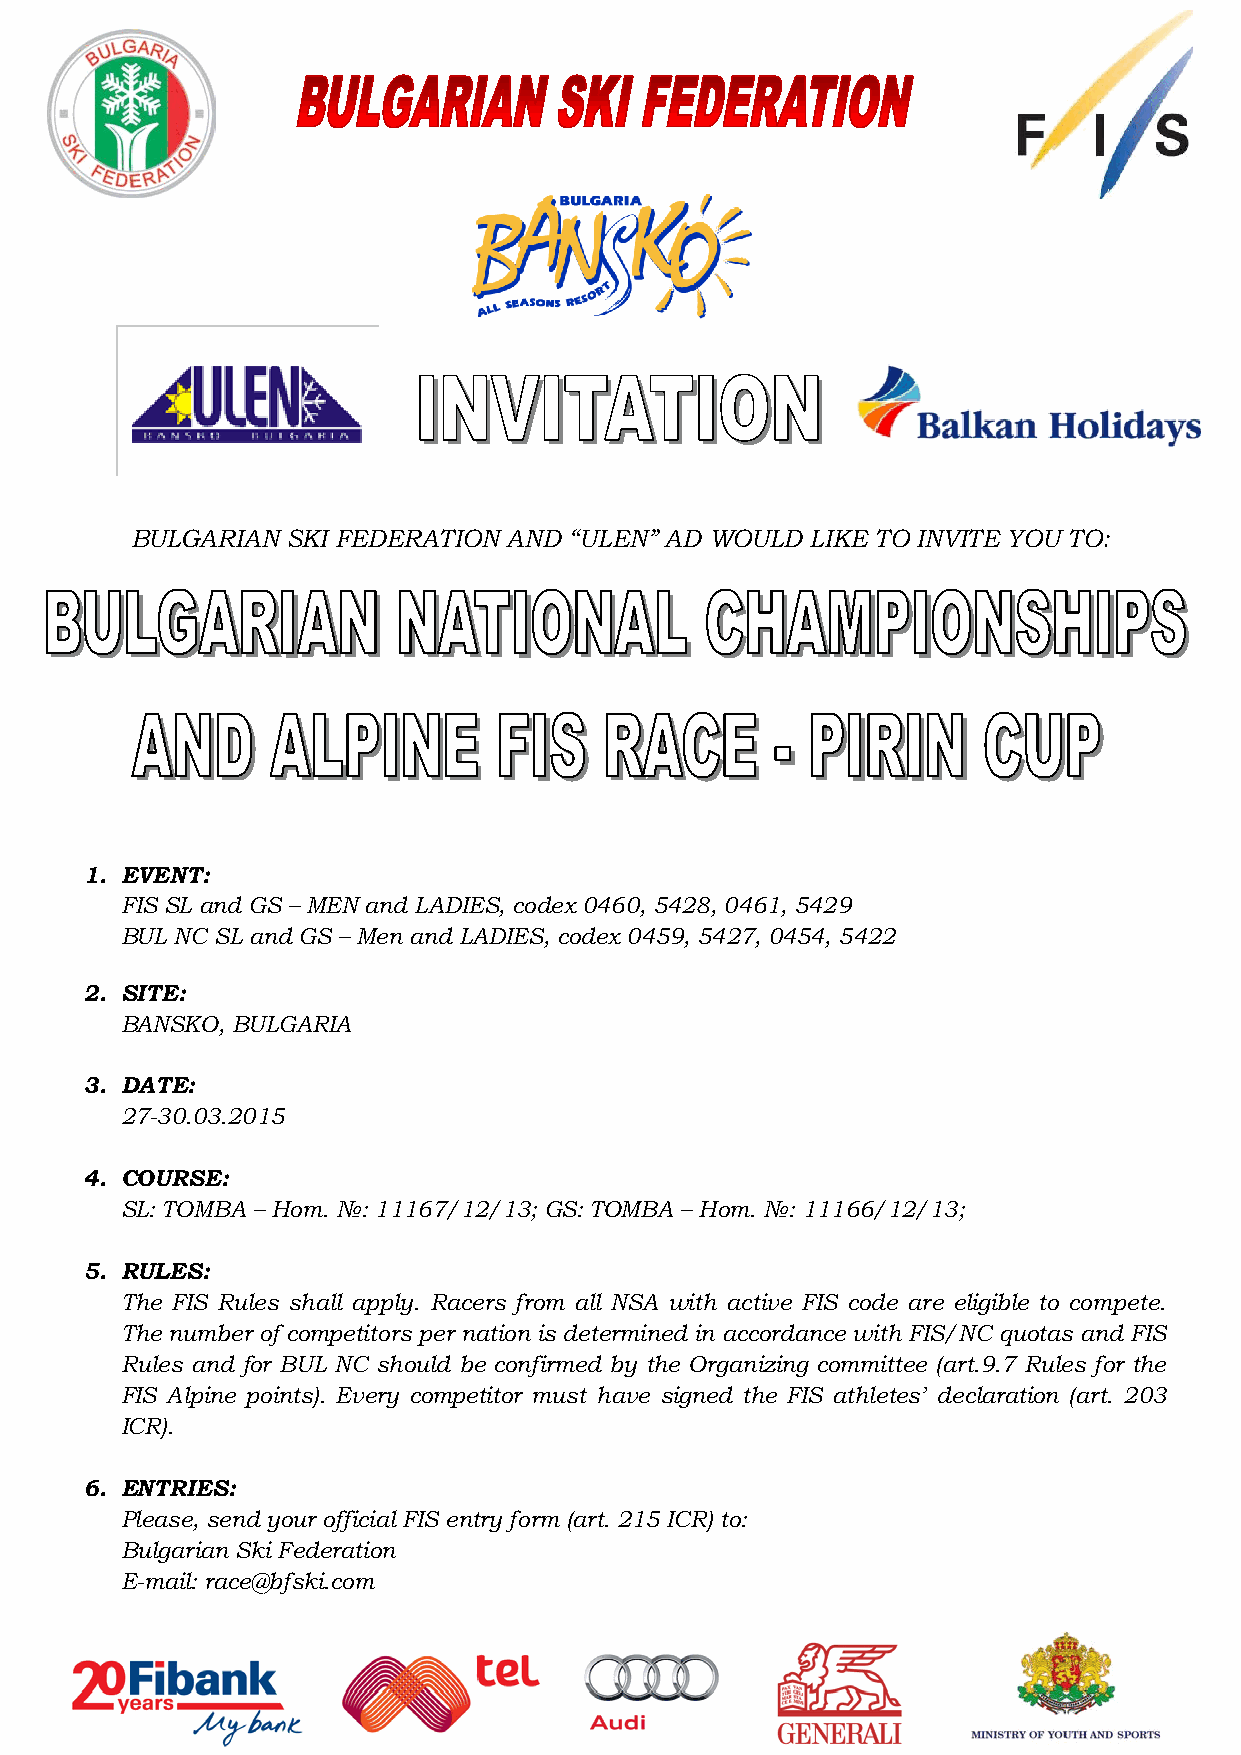
БЪЛГАРСКА   ФЕДЕРАЦИЯ   ПО  СКИ
 НАПРАВЛЕНИЕ  ОРГАНИЗАЦИЯ  НА СЪСТЕЗАНИЯ
 BULGARIAN SKI FEDERATION AND “ULEN” AD WOULD LIKE TO INVITE YOU TO:
 1. EVENT:
 FIS SL and GS – MEN and LADIES, codex 0460, 5428, 0461, 5429
 BUL NC SL and GS – Men and LADIES, codex 0459, 5427, 0454, 5422
 2. SITE:
 BANSKO, BULGARIA
 3. DATE:
 27-30.03.2015
 4. COURSE:
 SL: TOMBA – Hom. №: 11167/12/13; GS: TOMBA – Hom. №: 11166/12/13;
 5. RULES:
 The FIS Rules shall apply. Racers from all NSA with active FIS code are eligible to compete.
 The number of competitors per nation is determined in accordance with FIS/NC quotas and FIS
 Rules and for BUL NC should be confirmed by the Organizing committee (art.9.7 Rules for the
 FIS Alpine points). Every competitor must have signed the FIS athletes’ declaration (art. 203
 ICR).
 6. ENTRIES:
 Please, send your official FIS entry form (art. 215 ICR) to:
 Bulgarian Ski Federation
 E-mail: race@bfski.com